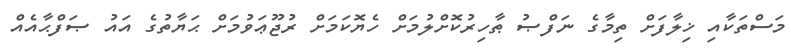
މަސްތަކާއި ޚިލާފަށް ތިމާގެ ނަފްޞު ޠާހިރުކޮށްލުމަށް ހެޔޮކަމަށް ރުޖޫޢަވުމަށް ޙަޔާތުގެ އައު ޞަފްޙާއެއް